Civil Veterinary Dept. North-West Frontier Province 1923-32 - 1923-1932
Year: 1923
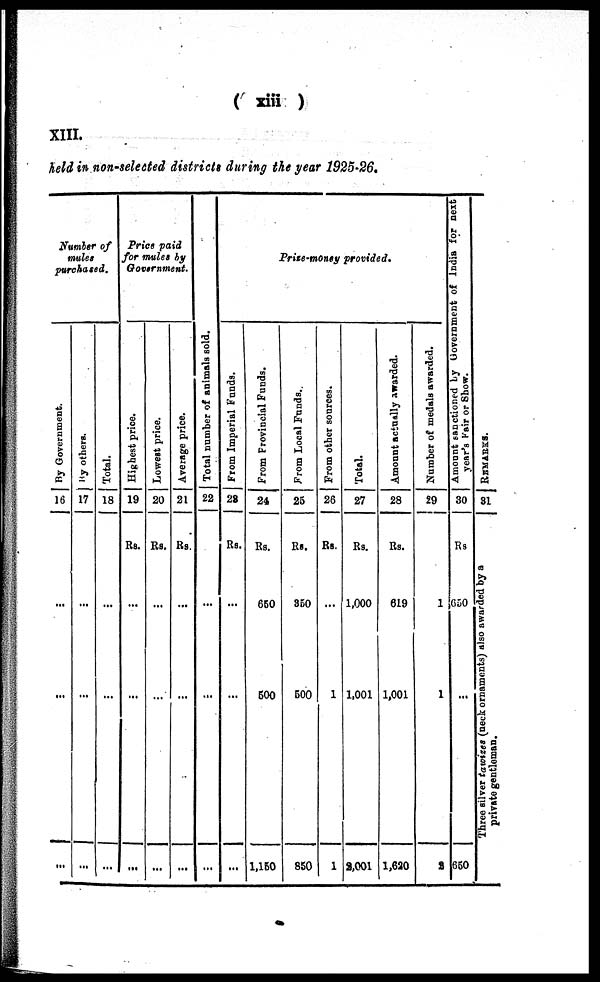
(xiii)
XIII.
held in non-selected districts during the year 1925-26.
Number of
mules
purchased.
By Government.
16
...
...
...
By
others.
17
...
...
...
Total.
18
...
...
...
Price paid
for mules by
Government.
Highest price.
19
Rs.
...
...
...
Lowest price.
20
Rs.
...
...
...
Average price.
21
Rs.
...
...
...
Total number of animals sold.
22
...
...
...
Prize-money provided.
From Imperial Fund9.
28
Rs.
...
...
...
From Provincial Funds.
24
Rs.
650
500
1,150
From Local Funds.
25
Rs.
850
500
850
From other sources.
26
RS.
...
1
1
Total.
27
Rs.
1,000
1,001
2,001
Amount actually awarded.
28
Rs.
619
1,001
1,620
Number of medals awarded.
29
1
1
2
Amount sanctioned by Government of India for next
year's Fair or Show.
30
Rs.
650
...
650
REMARKS.
31
Three silver tawizes (neck orna
private gentleman.